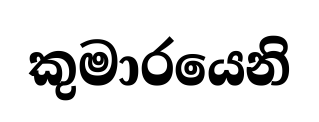
කුමාරයෙනි